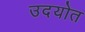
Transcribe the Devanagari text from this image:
उदयोत